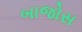
બાજોસ